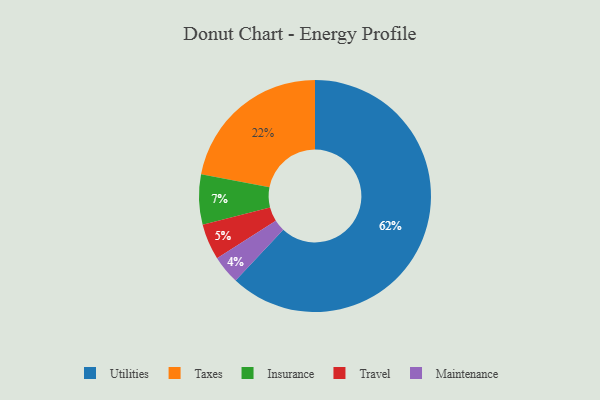
{"axis": {"x": "Category", "y": "Percentage"}, "legend": ["Insurance", "Maintenance", "Taxes", "Travel", "Utilities"], "data": [{"x": "Utilities", "y": 62, "type": "Utilities"}, {"x": "Maintenance", "y": 4, "type": "Maintenance"}, {"x": "Travel", "y": 5, "type": "Travel"}, {"x": "Insurance", "y": 7, "type": "Insurance"}, {"x": "Taxes", "y": 22, "type": "Taxes"}]}